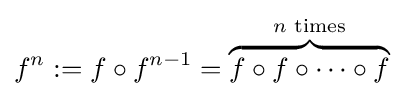
f^{n}:=f\circ f^{n-1}=\overbrace {f\circ f\circ \dotsb \circ f} ^{n{\text{ times}}}